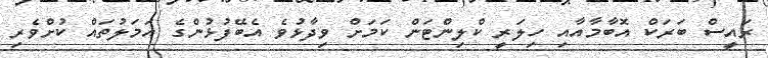
ރައީސް ބަރަކް އޮބާމާއާއި ހިލަރީ ކްލިންޓަން ކަމަށް ވިދާޅުވެ އެބޭފުޅުންގެ އަމަލުތައް ކުށްވެރި